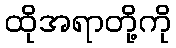
ထိုအရာတို့ကို